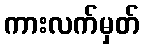
ကားလက်မှတ်